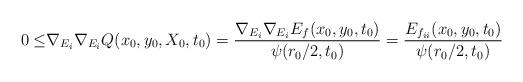
LaTeX: \begin{align*}0\leq&\nabla_{E_i}\nabla_{E_i}Q(x_0,y_0,X_0,t_0)=\frac{\nabla_{E_i}\nabla_{E_i}E_f(x_0,y_0,t_0)}{\psi(r_0/2,t_0)}=\frac{E_{f_{ii}}(x_0,y_0,t_0)}{\psi(r_0/2,t_0)}\end{align*}